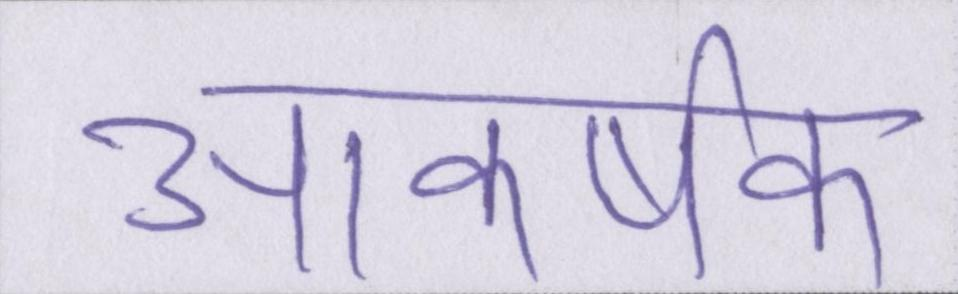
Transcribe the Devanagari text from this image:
आकर्षक